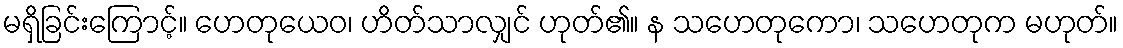
မရှိခြင်းကြောင့်။ ဟေတုယေဝ၊ ဟိတ်သာလျှင် ဟုတ်၏။ န သဟေတုကော၊ သဟေတုက မဟုတ်။